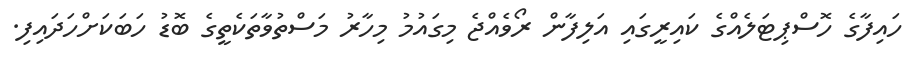
ހައިފާގެ ހޮސްޕިޓަލެއްގެ ކައިރީގައި އަލިފާން ރޯވެއްޖެ މިގައުމު މިހާރު މަސްތުވާތަކެތީގެ ބޮޑު ހަބަކަށްހަދައިފި.